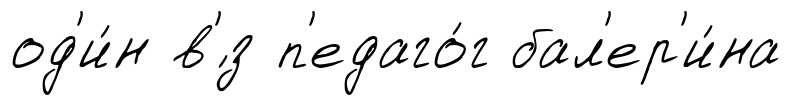
од'и́н в'́з п'едаго́г бал'ер'и́на